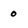
Character: 0